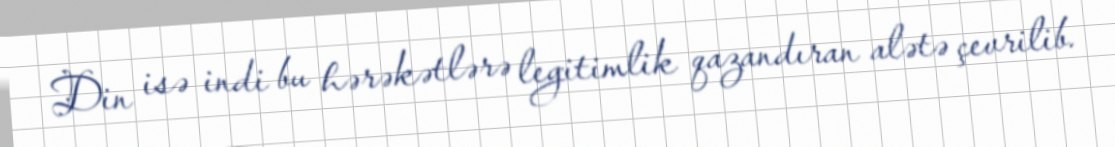
Din isə indi bu hərəkətlərə legitimlik qazandıran alətə çevrilib.